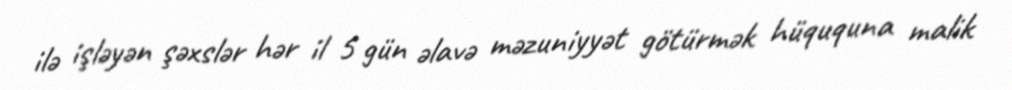
ilə işləyən şəxslər hər il 5 gün əlavə məzuniyyət götürmək hüququna malik